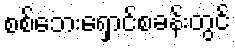
စစ်ဘေးရှောင်စခန်းတွင်